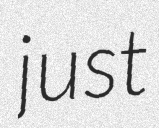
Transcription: just